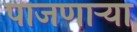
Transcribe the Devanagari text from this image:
पाजणाऱ्या